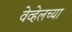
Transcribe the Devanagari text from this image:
वेव्हेलच्या